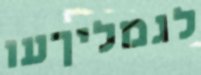
לגמליךעו